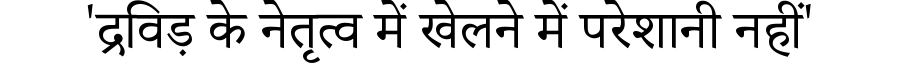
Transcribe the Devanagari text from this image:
'द्रविड़ के नेतृत्व में खेलने में परेशानी नहीं'